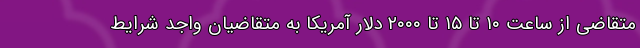
متقاضی از ساعت ۱۰ تا ۱۵ تا ۲۰۰۰ دلار آمریکا به متقاضیان واجد شرایط